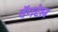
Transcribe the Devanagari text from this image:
वॅगटेल